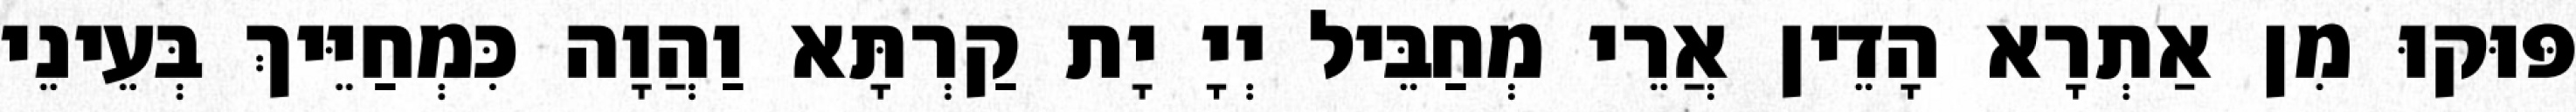
פּוּקוּ מִן אַתְרָא הָדֵין אֲרֵי מְחַבֵּיל יְיָ יָת קַרְתָּא וַהֲוָה כִּמְחַיֵּיךְ בְּעֵינֵי